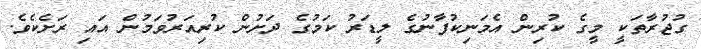
ގުޖުރާތަކީ މީގެ ކުރިން އެމަނިކުފާނުގެ ލީޑަރު ކަމުގެ ދަށުން ކުރިއަރުވަމުން އައި ރަށެކެވެ.